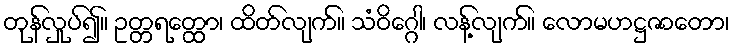
တုန်လှုပ်၍။ ဥတ္တရတ္ထော၊ ထိတ်လျက်။ သံဝိဂ္ဂေါ၊ လန့်လျက်။ လောမဟဋ္ဌဇာတော၊